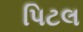
પિટલ